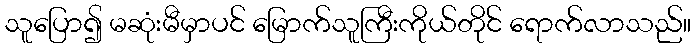
သူပြော၍ မဆုံးမီမှာပင် မြောက်သူကြီးကိုယ်တိုင် ရောက်လာသည်။